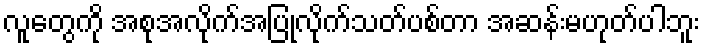
လူတွေကို အစုအလိုက်အပြုံလိုက်သတ်ပစ်တာ အဆန်းမဟုတ်ပါဘူး